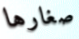
صغارها